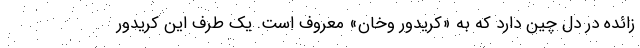
زائده در دل چین دارد که به «کریدور وخان» معروف است. یک ‌طرف این کریدور